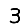
Digit: 3